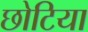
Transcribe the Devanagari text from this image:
छोटिया